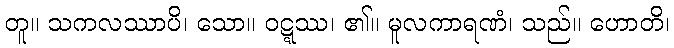
တူ။ သကလဿာပိ၊ သော။ ဝဋ္ဋဿ၊ ၏။ မူလကာရဏံ၊ သည်။ ဟောတိ၊